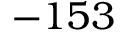
- 1 5 3